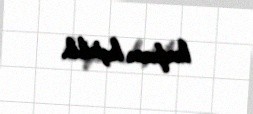
konfrans keçirilib.